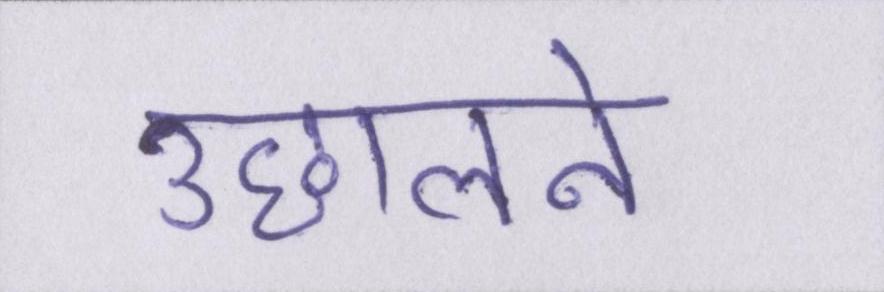
उछालने